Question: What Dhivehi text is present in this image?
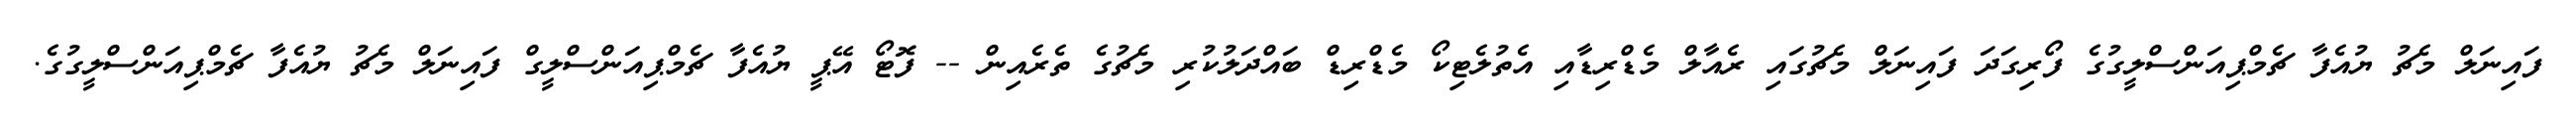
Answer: ފައިނަލް މެޗު ޔުއެފާ ޗެމްޕިއަންސްލީގުގެ ފޯރިގަދަ ފައިނަލް މެޗުގައި ރެއާލް މެޑްރިޑާއި އެތުލެޓިކޯ މެޑްރިޑް ބައްދަލުކުރި މެޗުގެ ތެރެއިން -- ފޮޓޯ އޭޕީ ޔުއެފާ ޗެމްޕިއަންސްލީގް ފައިނަލް މެޗު ޔުއެފާ ޗެމްޕިއަންސްލީގުގެ.